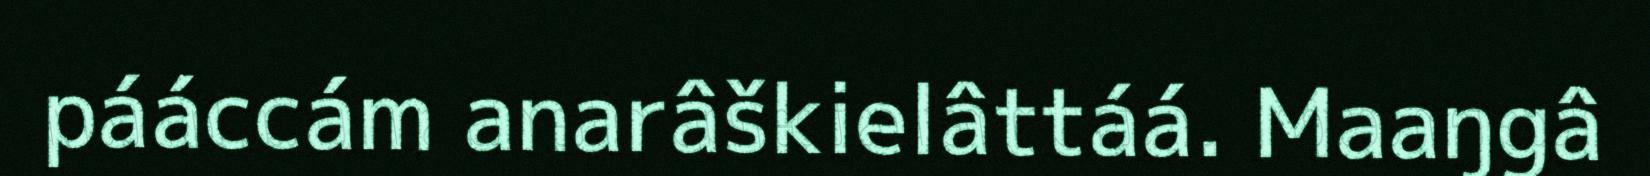
pááccám anarâškielâttáá. Maaŋgâ